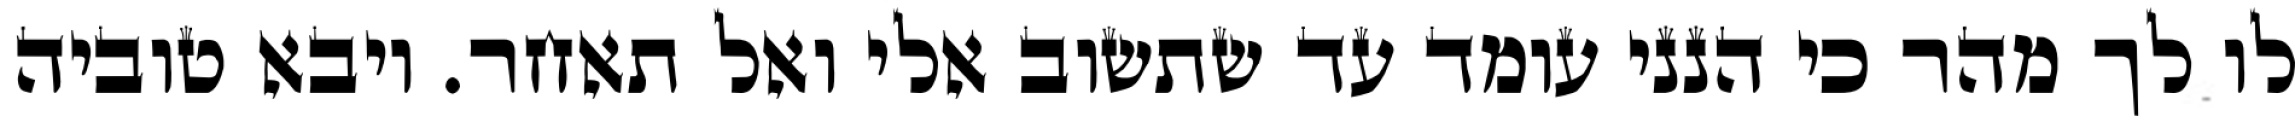
לו לך מהר כי הנני עומד עד שתשוב אלי ואל תאחר. ויבא טוביה